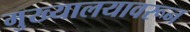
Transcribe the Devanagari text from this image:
मुख्यालयावरून